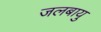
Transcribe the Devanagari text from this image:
जलबायु